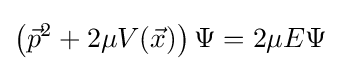
\left({\vec {p}}^{2}+2\mu V({\vec {x}})\right)\Psi =2\mu E\Psi